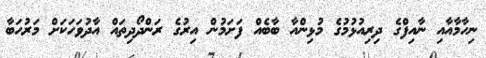
ނިހާމާއާއި ނާއިފްގެ ދިރިއުޅުމުގެ މުޅިންއާ ބާބެއް ފަށަމުން އިރުގެ ރަންދޯދިތައް އާދުވަހަކަށް މަރުހަބާ